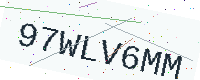
Text: 97WLV6MM